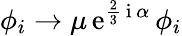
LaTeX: \phi_{i}\rightarrow\mu\, \mathrm{e}^{\frac{2}{3}\, \mathrm{i}\, \alpha}\, \phi_{i}